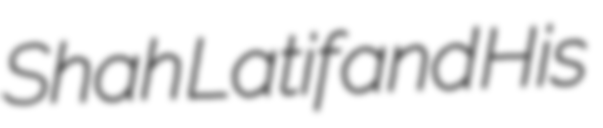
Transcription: Shah Latif and His